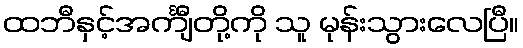
ထဘီနှင့်အင်္ကျီတို့ကို သူ မုန်းသွားလေပြီ။